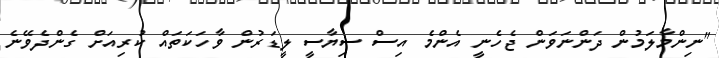
"ނިންމާލަމުން ދަންނަވަން ޖެހެނީ އެންމެ އިސް ސިޔާސީ ލީޑަރުން ވާހަކަތައް ކުރިއަށް ގެންދެވޭނެ